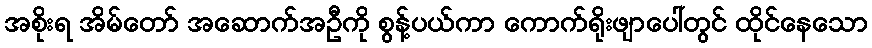
အစိုးရ အိမ်တော် အဆောက်အဦကို စွန့်ပယ်ကာ ကောက်ရိုးဖျာပေါ်တွင် ထိုင်နေသော